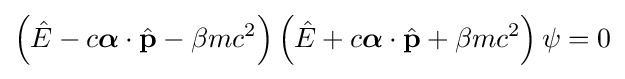
\left({\hat {E}}-c{\boldsymbol {\alpha }}\cdot {\hat {\mathbf {p} }}-\beta mc^{2}\right)\left({\hat {E}}+c{\boldsymbol {\alpha }}\cdot {\hat {\mathbf {p} }}+\beta mc^{2}\right)\psi =0